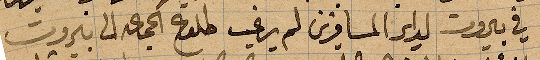
في بيروت لداء المسافرين لم يرغب طلوع الجماعة الى بيروت